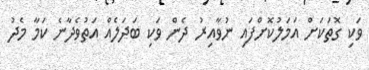
ވަކި ގޮތަކަށް އަމަލުކޮށްފައި ނުވާއިރު ދެން ވަކި ބަދަލެއް އަތުވެދާނެ ކަމާ މެދު